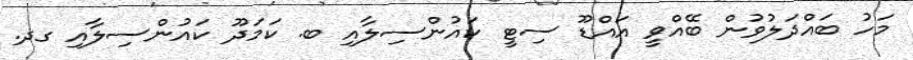
މަހު ބައްދަލުވުން ބޭއްވީ އައްޑޫ ސިޓީ ކައުންސިލާއި ބ. ކަމަދޫ ކައުންސިލާއި ގދ.